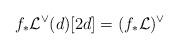
LaTeX: \begin{align*}f_* \mathcal L^\vee (d)[2d] = (f_* \mathcal L)^\vee\end{align*}